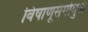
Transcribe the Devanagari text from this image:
विषाणूसंर्गामुळे